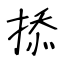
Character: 掭